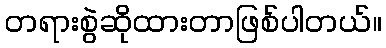
တရားစွဲဆိုထားတာဖြစ်ပါတယ်။